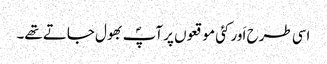
اسی طرح اَور کئی موقعوں پر آپؐ بھول جاتے تھے۔